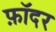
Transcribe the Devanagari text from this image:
फ़ॉदर